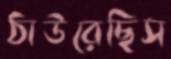
ঠাউরেছিস